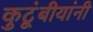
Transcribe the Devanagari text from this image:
कुटूंबीयांनी